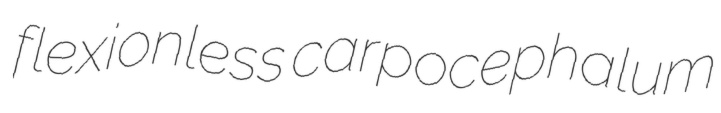
flexionless carpocephalum